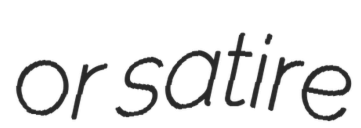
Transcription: or satire